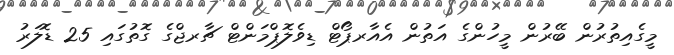
މީގެއިތުރުން ބޭރުން މީހުންގެ އަތުން އެއާރޕޯޓް ޑިވެލޮޕްމަންޓް ޗާރޖްގެ ގޮތުގައި 25 ޑޮލަރު